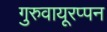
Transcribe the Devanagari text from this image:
गुरुवायूरप्पन